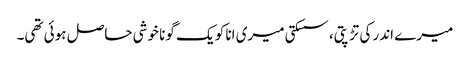
میرے اندر کی تڑپتی، سسکتی میری انا کو یک گونا خوشی حاصل ہوئی تھی۔